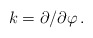
\begin{align*}k = \partial/\partial\varphi\, .\end{align*}